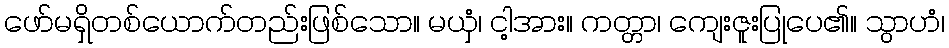
ဖော်မရှိတစ်ယောက်တည်းဖြစ်သော။ မယှံ၊ ငါ့အား။ ကတ္တာ၊ ကျေးဇူးပြုပေ၏။ သွာဟံ၊